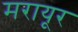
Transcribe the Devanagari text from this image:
मरायूर